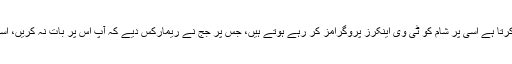
اس پر مریم نواز کے وکیل نے کہا کہ نیب جو بھی تفتیش کرتا ہے اسی پر شام کو ٹی وی اینکرز پروگرامز کر رہے ہوتے ہیں، جس پر جج نے ریمارکس دیے کہ آپ اس پر بات نہ کریں، استغاثہ کے دلائل مکمل ہونے دیں پھر آپ کو بھی سنیں گے۔